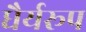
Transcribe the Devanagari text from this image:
धैर्यरूप